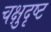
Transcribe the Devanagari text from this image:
चक्षुदृष्ट